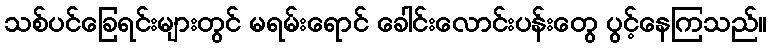
သစ်ပင်ခြေရင်းများတွင် မရမ်းရောင် ခေါင်းလောင်းပန်းတွေ ပွင့်နေကြသည်။